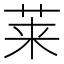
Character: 莱